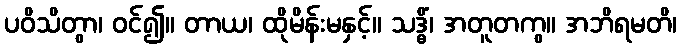
ပဝိသိတွာ၊ ဝင်၍။ တာယ၊ ထိုမိန်းမနှင့်။ သဒ္ဓိံ၊ အတူတကွ။ အဘိရမတိ၊